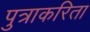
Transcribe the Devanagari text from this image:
पुत्राकरिता